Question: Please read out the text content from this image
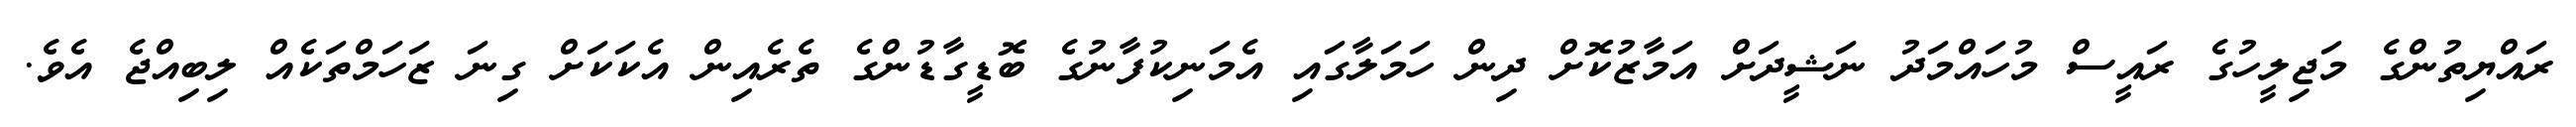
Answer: ރައްޔިތުންގެ މަޖިލީހުގެ ރައީސް މުހައްމަދު ނަޝީދަށް އަމާޒުކޮށް ދިން ހަމަލާގައި އެމަނިކުފާނުގެ ބޮޑީގާޑުންގެ ތެރެއިން އެކަކަށް ގިނަ ޒަހަމްތަކެއް ލިބިއްޖެ އެވެ.